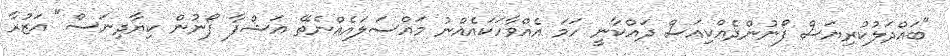
"ބައްދަލުކުރިޔަސް ފޯނުންދެއްކިއަސް ދައްކާނީ ހަމަ އެއްވާހަކައެއްނު މައްސަލައެއްނެތޭ އަޝްފާ ފޯނުން ކިޔާދިނަސް" އަޒުރާ